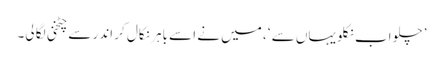
’ چلو اب نکلو یہاں سے ‘، میں نے اسے باہر نکال کر اندر سے چٹخنی لگا لی۔